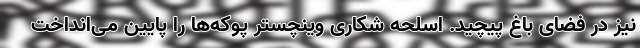
نیز در فضای باغ پیچید. اسلحه شکاری وینچستر پوکه‌ها را پایین می‌انداخت